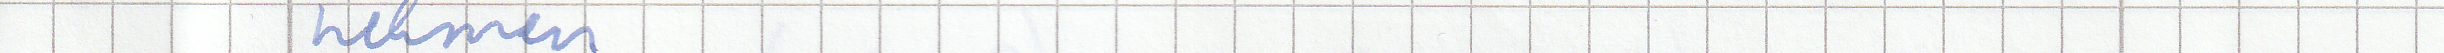
nehmen